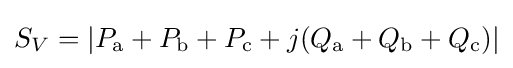
S_{V}=|P_{\mathrm {a} }+P_{\mathrm {b} }+P_{\mathrm {c} }+j(Q_{\mathrm {a} }+Q_{\mathrm {b} }+Q_{\mathrm {c} })|